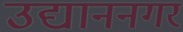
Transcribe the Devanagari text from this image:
उद्याननगर